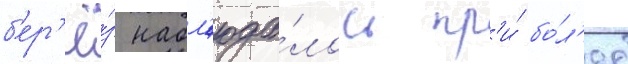
б'ер'ё́з набл'юда́лось пр'и́ бо́л'ее